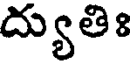
ద్యుతిః